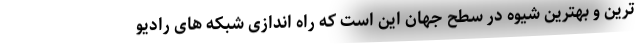
ترین و بهترین شیوه در سطح جهان این است که راه اندازی شبکه های رادیو